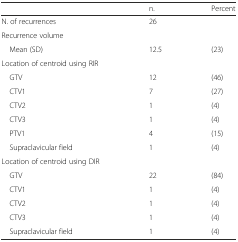
|  | n. | Percent |
 | --- | --- | --- |
 | N. of recurrences | 26 |  |
 | Recurrence volume |  |  |
 | Mean (SD) | 12.5 | (23) |
 | Location of centroid using RIR |  |  |
 | GTV | 12 | (46) |
 | CTV1 | 7 | (27) |
 | CTV2 | 1 | (4) |
 | CTV3 | 1 | (4) |
 | PTV1 | 4 | (15) |
 | Supraclavicular field | 1 | (4) |
 | Location of centroid using DIR |  |  |
 | GTV | 22 | (84) |
 | CTV1 | 1 | (4) |
 | CTV2 | 1 | (4) |
 | CTV3 | 1 | (4) |
 | Supraclavicular field | 1 | (4) |